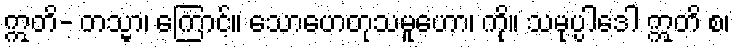
ဣတိ- တသ္မာ၊ ကြောင့်။ သောဟေတုသမူဟော၊ ကို။ သမုပ္ပါဒေါ ဣတိ စ၊